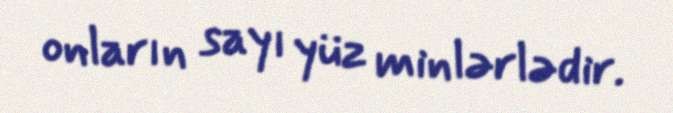
onların sayı yüz minlərlədir.